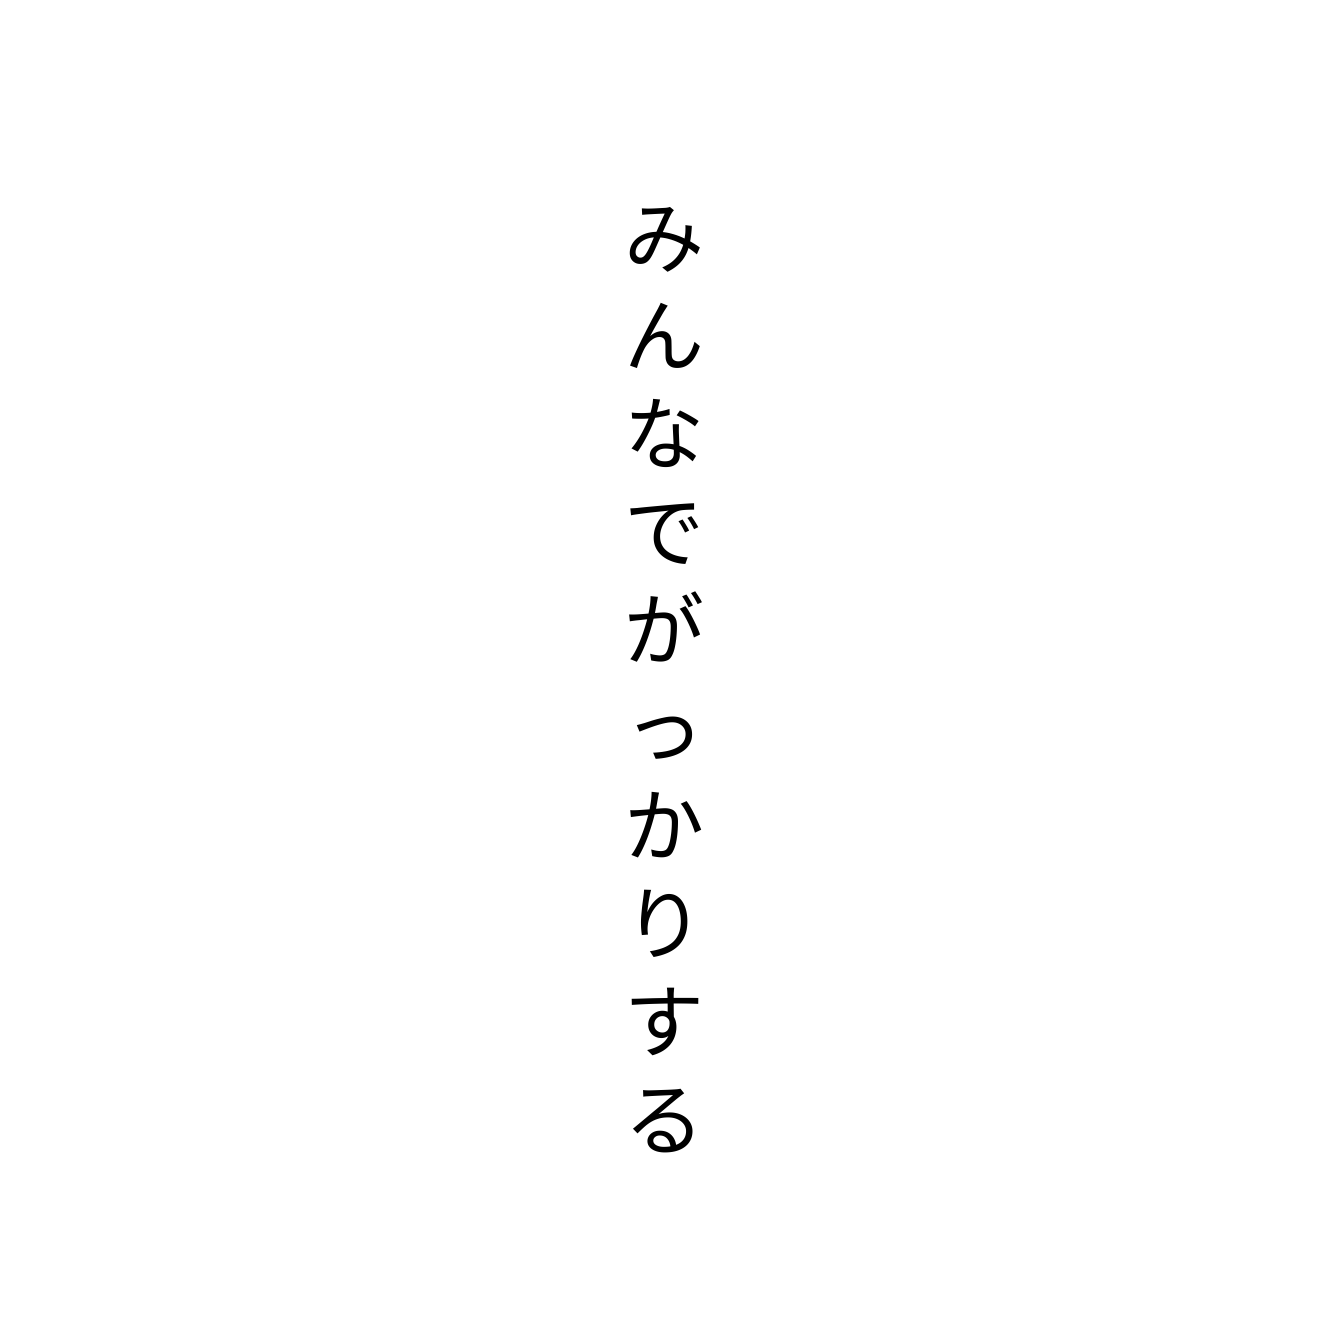
みんなでがっかりする